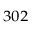
^ { 3 0 2 }